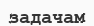
задачам